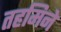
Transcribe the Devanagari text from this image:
तहमिने